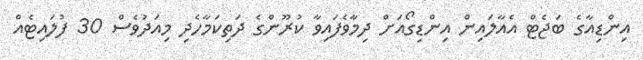
އިންޑިއާގެ ބަޖެޓް އެއާލައިން އިންޑިގޯއަށް ދިމާވެފައިވާ ކުރޫންގެ ދަތިކަމާހެދި މިއަދުވެސް 30 ފުލައިޓެއް